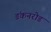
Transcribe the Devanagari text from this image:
डंकनरोड